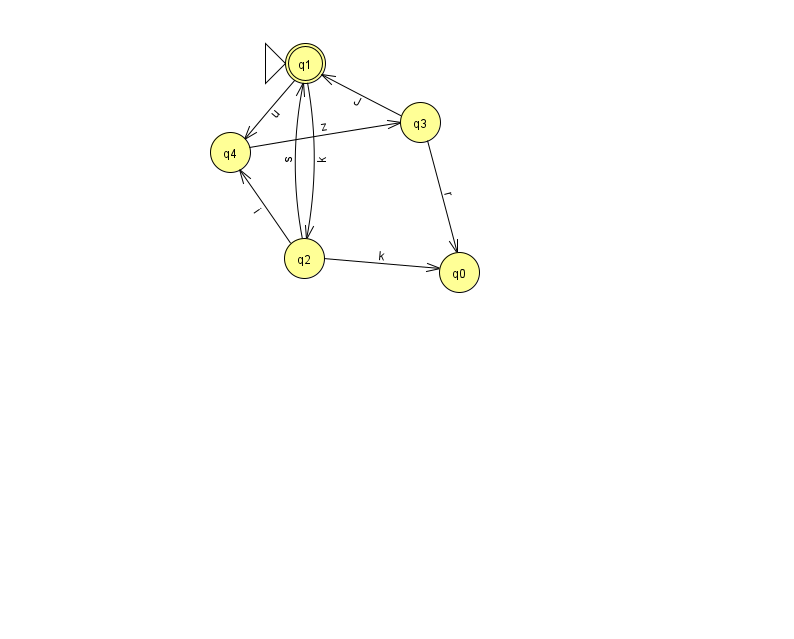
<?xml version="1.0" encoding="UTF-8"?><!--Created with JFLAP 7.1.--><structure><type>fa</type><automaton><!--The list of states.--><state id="0" name="q0"><x>459.0</x><y>259.0</y></state><state id="1" name="q1"><x>305.0</x><y>50.0</y><initial/><final/></state><state id="2" name="q2"><x>304.0</x><y>245.0</y></state><state id="3" name="q3"><x>420.0</x><y>109.0</y></state><state id="4" name="q4"><x>230.0</x><y>139.0</y></state><!--The list of transitions.--><transition><from>2</from><to>0</to><read>k</read></transition><transition><from>2</from><to>1</to><read>s</read></transition><transition><from>1</from><to>4</to><read>u</read></transition><transition><from>3</from><to>1</to><read>J</read></transition><transition><from>4</from><to>3</to><read>z</read></transition><transition><from>1</from><to>2</to><read>k</read></transition><transition><from>2</from><to>4</to><read>i</read></transition><transition><from>3</from><to>0</to><read>r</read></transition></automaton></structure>